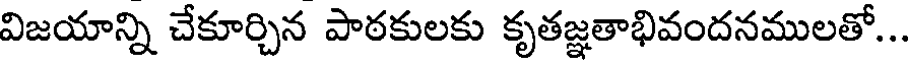
విజయాన్ని చేకూర్చిన పాఠకులకు కృతజ్ఞతాభివందనములతో...